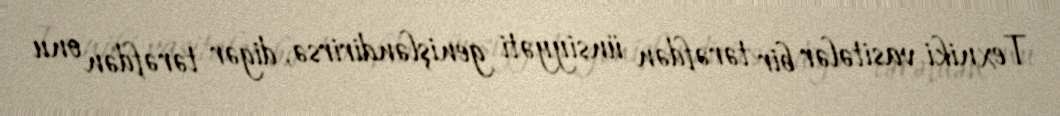
Texniki vasitələr bir tərəfdən ünsiyyəti genişləndirirsə, digər tərəfdən onu